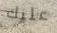
عليك